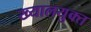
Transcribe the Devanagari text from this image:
ख्यालयुक्त